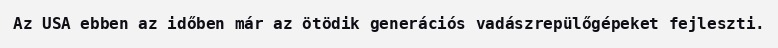
Az USA ebben az időben már az ötödik generációs vadászrepülőgépeket fejleszti.